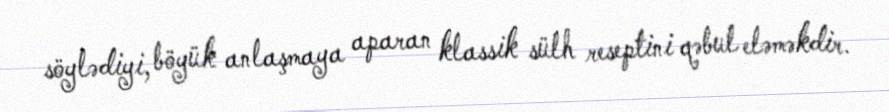
söylədiyi, böyük anlaşmaya aparan klassik sülh reseptini qəbul eləməkdir.